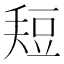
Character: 𰶚